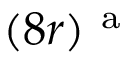
( 8 r ) ^ { \mathrm { ~ a ~ } }